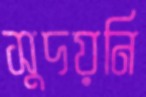
সুদয়নি